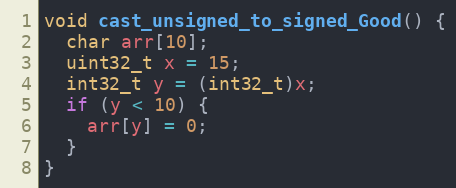
Language: C
void cast_unsigned_to_signed_Good() {
  char arr[10];
  uint32_t x = 15;
  int32_t y = (int32_t)x;
  if (y < 10) {
    arr[y] = 0;
  }
}